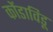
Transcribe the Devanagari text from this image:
कोंडाविडू